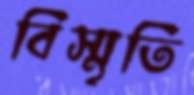
বিস্মৃতি